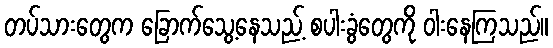
တပ်သားတွေက ခြောက်သွေ့နေသည့် စပါးခွံတွေကို ဝါးနေကြသည်။